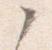
々